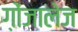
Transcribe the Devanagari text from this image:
ग़ोंजालेज